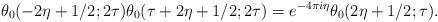
LaTeX: \begin{align*}\theta_0(-2\eta + 1/2; 2\tau) \theta_0(\tau + 2\eta + 1/2; 2\tau) = e^{-4\pi i \eta} \theta_0(2\eta + 1/2; \tau).\end{align*}